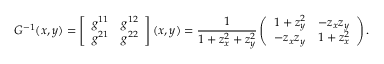
G ^ { - 1 } ( x , y ) = \left[ \begin{array} { l l } { g ^ { 1 1 } } & { g ^ { 1 2 } } \\ { g ^ { 2 1 } } & { g ^ { 2 2 } } \end{array} \right] ( x , y ) = \frac { 1 } { 1 + z _ { x } ^ { 2 } + z _ { y } ^ { 2 } } \left( \begin{array} { c c } { 1 + z _ { y } ^ { 2 } } & { - z _ { x } z _ { y } } \\ { - z _ { x } z _ { y } } & { 1 + z _ { x } ^ { 2 } } \end{array} \right) .